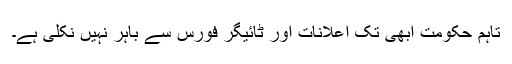
تاہم حکومت ابھی تک اعلانات اور ٹائیگر فورس سے باہر نہیں نکلی ہے۔